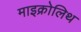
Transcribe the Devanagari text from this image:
माइक्रोलिथ